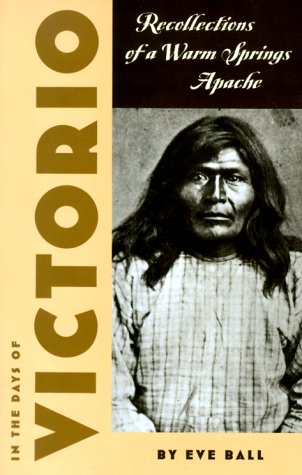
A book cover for In the Days of Victorio; Recollections of a Warm Springs Apache; Eve Ball; Biographies & Memoirs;